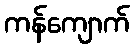
ကန်ကျောက်